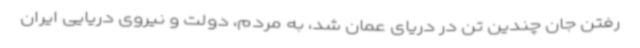
رفتن جان چندین تن در دریای عمان شد، به مردم، دولت و نیروی دریایی ایران